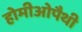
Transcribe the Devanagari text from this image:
होमीओपैथी